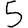
Digit: 5